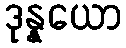
ဒုန္နယော